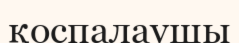
қоспалаушы